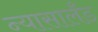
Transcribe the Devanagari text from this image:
न्यासालँड